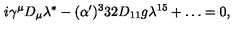
{ i \gamma ^ { \mu } D _ { \mu } \lambda ^ { * } - ( \alpha ^ { \prime } ) ^ { 3 } 3 2 D _ { 1 1 } g \lambda ^ { 1 5 } + \dots = 0 , }